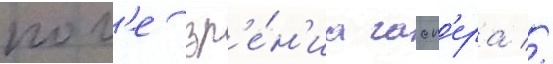
пол'е зр'е́н'иа гасп'ера //